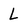
Character: L